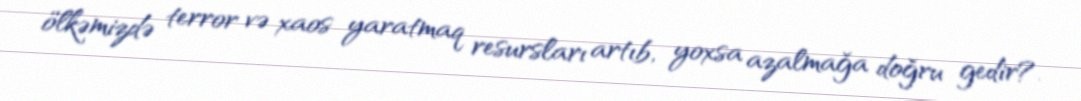
ölkəmizdə terror və xaos yaratmaq resursları artıb, yoxsa azalmağa doğru gedir?.